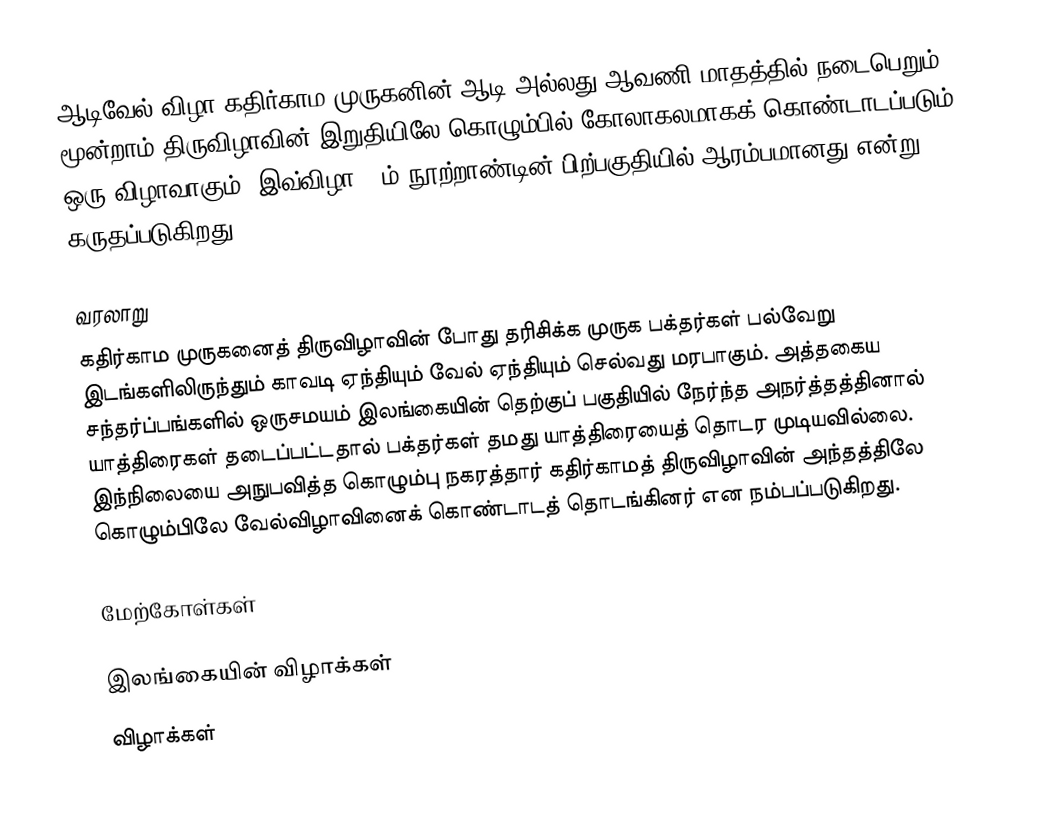
ஆடிவேல் விழா கதிர்காம முருகனின் ஆடி அல்லது ஆவணி மாதத்தில் நடைபெறும் மூன்றாம் திருவிழாவின் இறுதியிலே கொழும்பில் கோலாகலமாகக் கொண்டாடப்படும் ஒரு விழாவாகும். இவ்விழா 19ம் நூற்றாண்டின் பிற்பகுதியில் ஆரம்பமானது என்று கருதப்படுகிறது.

வரலாறு
கதிர்காம முருகனைத் திருவிழாவின் போது தரிசிக்க முருக பக்தர்கள் பல்வேறு இடங்களிலிருந்தும் காவடி ஏந்தியும் வேல் ஏந்தியும் செல்வது மரபாகும். அத்தகைய சந்தர்ப்பங்களில் ஒருசமயம் இலங்கையின் தெற்குப் பகுதியில் நேர்ந்த அநர்த்தத்தினால் யாத்திரைகள் தடைப்பட்டதால் பக்தர்கள் தமது யாத்திரையைத் தொடர முடியவில்லை. இந்நிலையை அநுபவித்த கொழும்பு நகரத்தார் கதிர்காமத் திருவிழாவின் அந்தத்திலே கொழும்பிலே வேல்விழாவினைக் கொண்டாடத் தொடங்கினர் என நம்பப்படுகிறது.

மேற்கோள்கள்

இலங்கையின் விழாக்கள்
விழாக்கள்